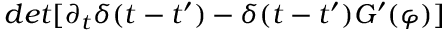
d e t [ \partial _ { t } \delta ( t - t ^ { \prime } ) - \delta ( t - t ^ { \prime } ) G ^ { \prime } ( \varphi ) ]